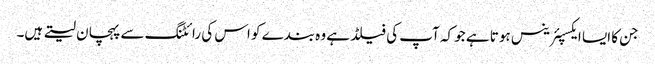
جن کا ایسا ایکسپئرینس ہوتا ہے جو کہ آپ کی فیلڈ ہے وہ بندے کو اس کی رائٹنگ سے پہچان لیتے ہیں۔